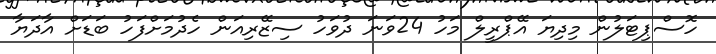
ހޮސްޕިޓަލުން މިދިޔަ އޭޕްރީލް މަހު 24ވަަނަ ދުވަހު ސިޒޭރިއަން ހެދުމަށްފަހު ބަޑަށް އާދަޔާ